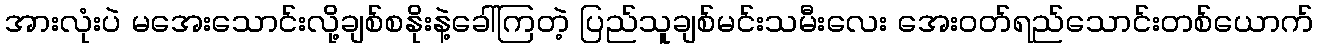
အားလုံးပဲ မအေးသောင်းလို့ချစ်စနိုးနဲ့ခေါ်ကြတဲ့ ပြည်သူချစ်မင်းသမီးလေး အေးဝတ်ရည်သောင်းတစ်ယောက်